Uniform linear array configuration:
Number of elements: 32
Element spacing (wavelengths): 0.75
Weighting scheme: blackman
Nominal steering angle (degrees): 15
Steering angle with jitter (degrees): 15.562
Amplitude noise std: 0.05
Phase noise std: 0.05

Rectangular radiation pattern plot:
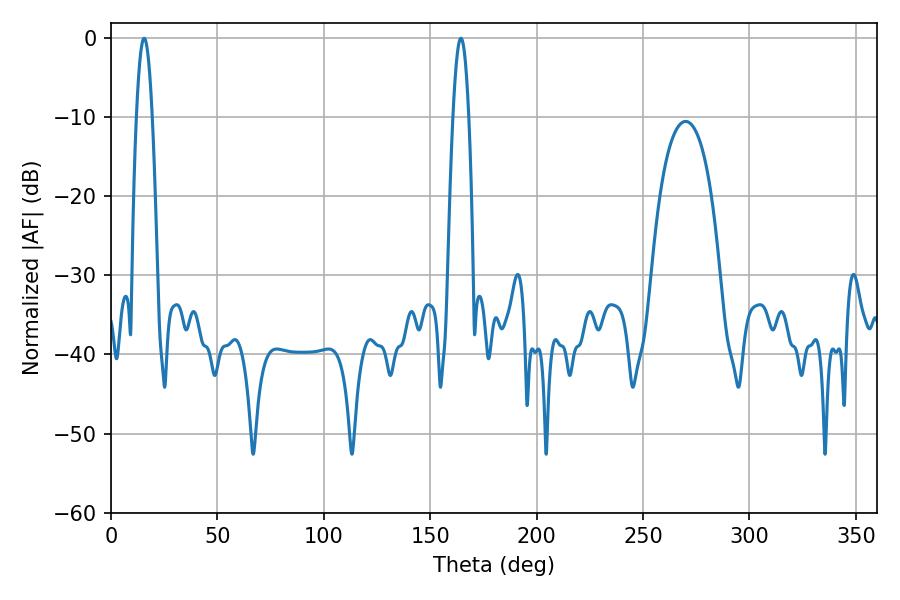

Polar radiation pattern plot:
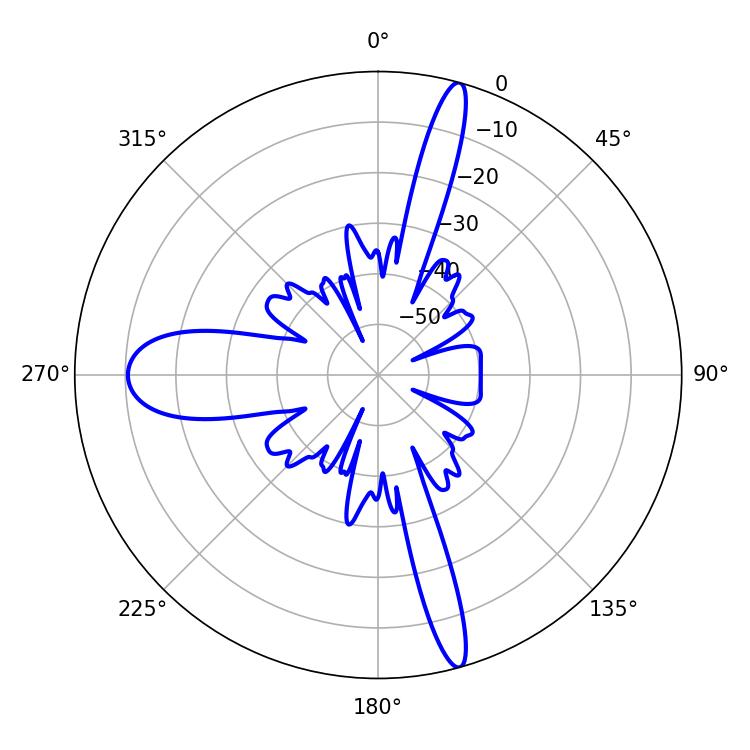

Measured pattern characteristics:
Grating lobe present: TRUE
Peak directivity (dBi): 20.365
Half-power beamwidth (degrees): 4.14
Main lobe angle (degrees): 15.66